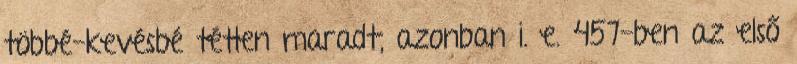
többé-kevésbé tétlen maradt, azonban i. e. 457-ben az első